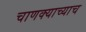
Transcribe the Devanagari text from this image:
चाणक्याच्याच